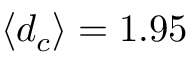
\langle d _ { c } \rangle = 1 . 9 5